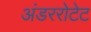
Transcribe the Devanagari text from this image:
अंडररोटेट